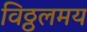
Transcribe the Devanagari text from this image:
विठ्ठलमय